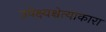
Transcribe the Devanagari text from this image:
उपेक्ष्यश्चेत्याकारा